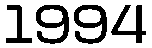
1994